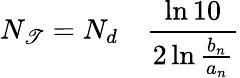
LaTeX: N_{\mathscr{T}}=N_{d}\quad{\frac{{\ln10}}{{2\ln{\frac{{b_{n}}}{{a_{n}}}}}}}